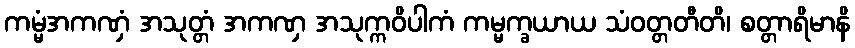
ကမ္မံအကဏှံ အသုတ္တံ အကဏှ အသုက္ကဝိပါကံ ကမ္မက္ခယာယ သံဝတ္တတီတိ၊ စတ္တာရိမာနိ